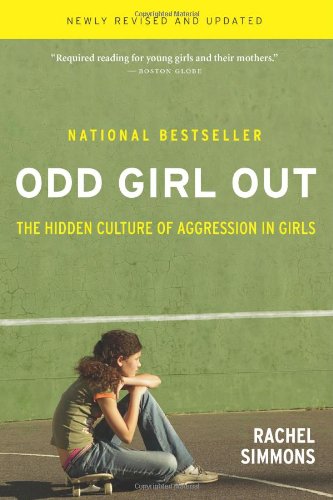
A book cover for Odd Girl Out, Revised and Updated: The Hidden Culture of Aggression in Girls; Rachel Simmons; Parenting & Relationships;